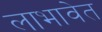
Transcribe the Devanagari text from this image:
लाभावेत